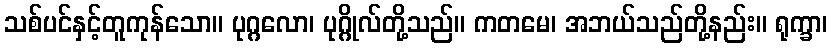
သစ်ပင်နှင့်တူကုန်သော။ ပုဂ္ဂလော၊ ပုဂ္ဂိုလ်တို့သည်။ ကတမေ၊ အဘယ်သည်တို့နည်း။ ရုက္ခာ၊